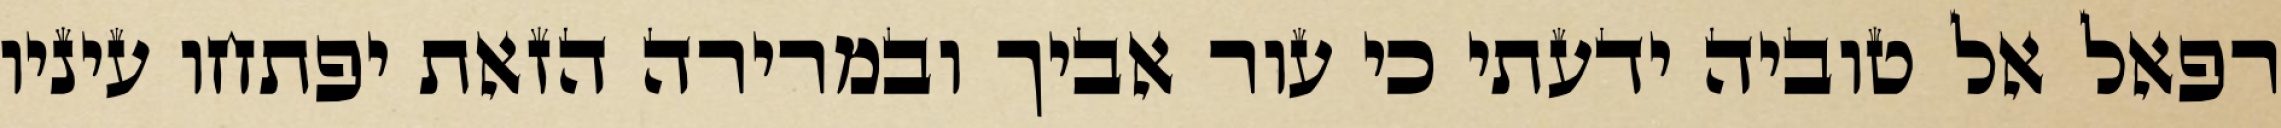
רפאל אל טוביה ידעתי כי עור אביך ובמרירה הזאת יפתחו עיניו